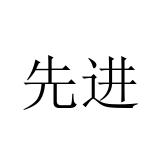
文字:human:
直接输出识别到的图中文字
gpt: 先进